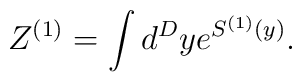
Z^{(1)} = \int d^Dy e^{S^{(1)}(y)}.